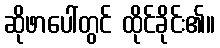
ဆိုဖာပေါ်တွင် ထိုင်ခိုင်း၏။